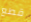
قطع